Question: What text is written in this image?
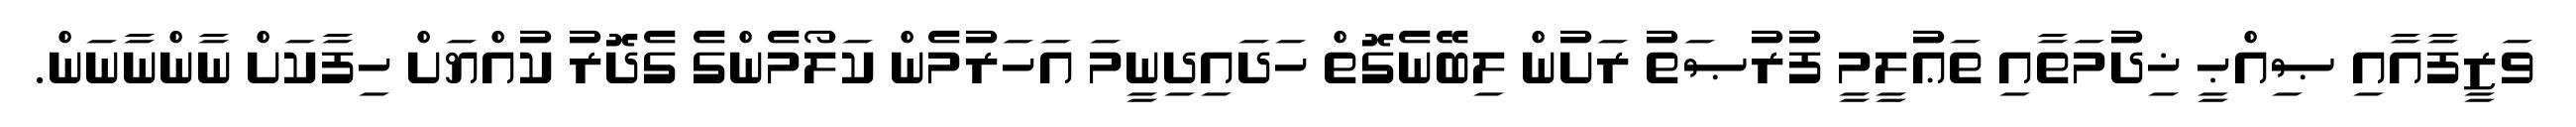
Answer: ވަޒީފާއާއި ޞިއްޙީ ޚިދުމަތާއި ތަޢުލީމީ ފުރުޞަތު ރަށުން ލިބޭނެގޮތް ހަދައިދިނީމަ އަހަރުމެން ކަލޯމެންގެ ގެދޮރު ކުއްޔަށް ހިފާކަށް ނާންނާނަން.